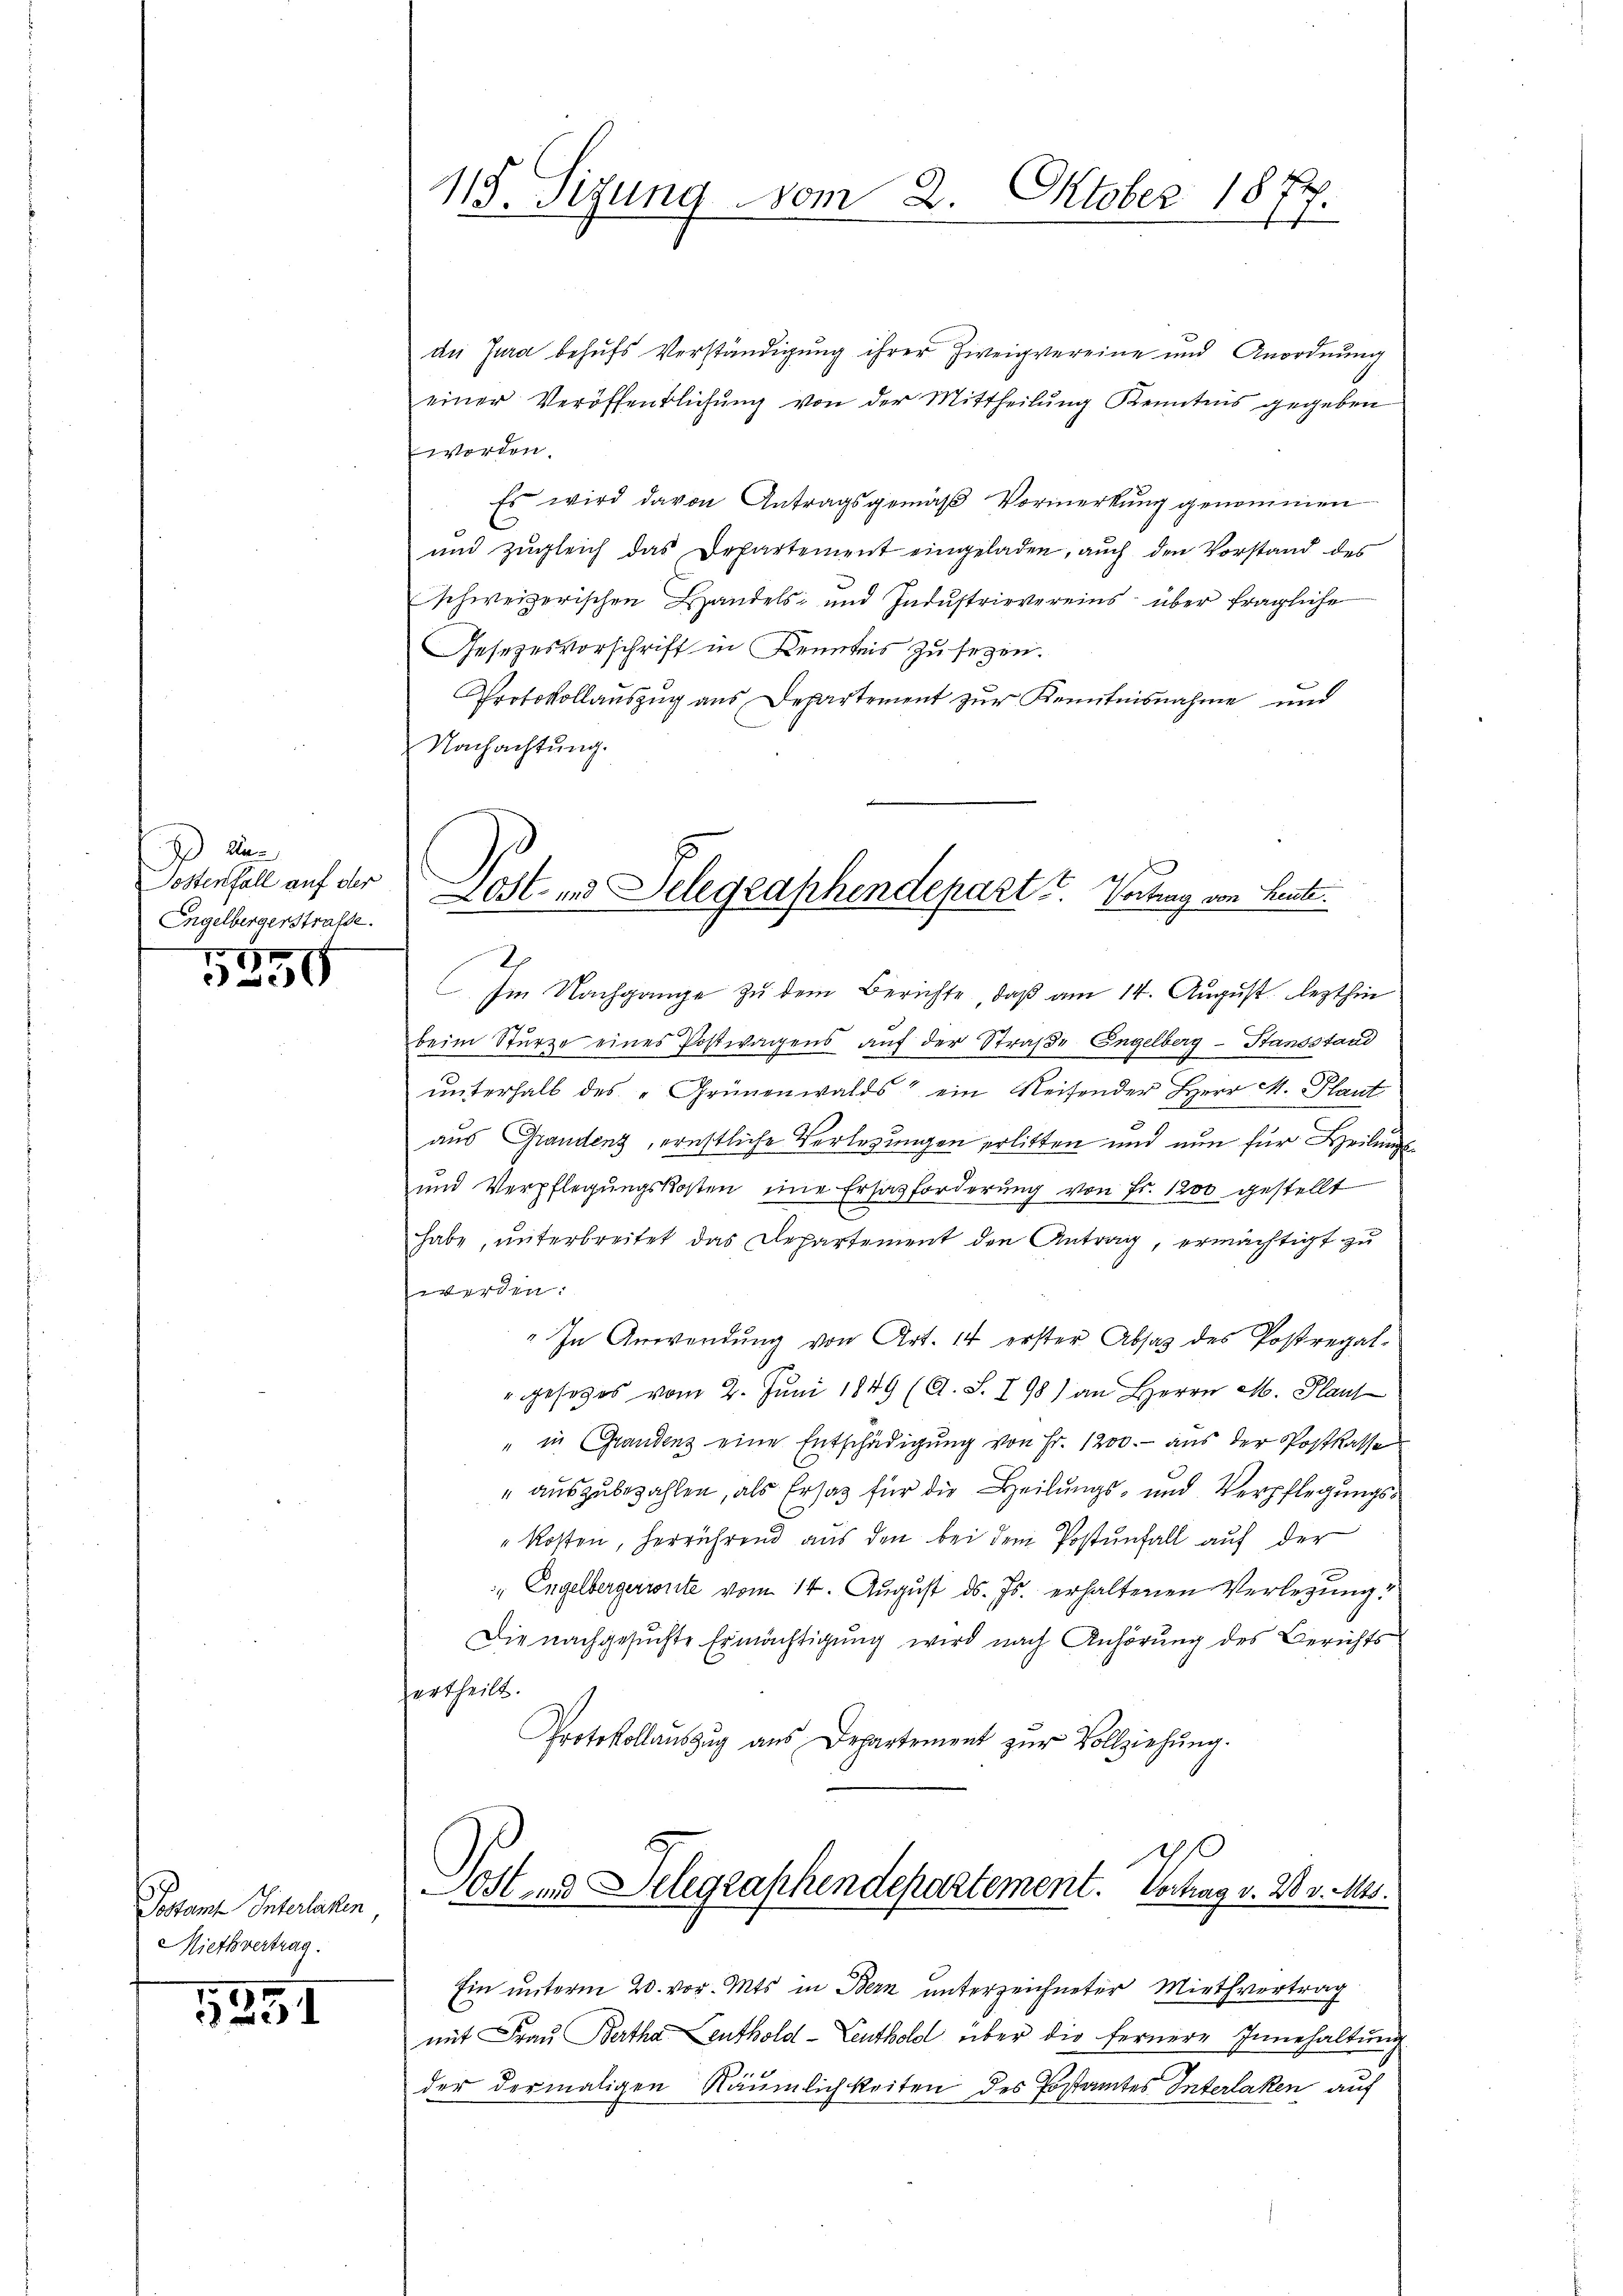
Aar
Postenfall auf der
Engelbergerstrafe.

x
30

Postant Interlaken
Miethvertrag.

5351

115. Sigung vom 2. Oktober 1874
s

de Jura behufs Verständigung ihrer Zweigvereine und Anordnung
einer Veröffentlichŭng von der Mittheilung Kenntnis gegeben
worden.
Es wird davon Antragsgemäß Vormerkung genommen
und zŭgleich das Departement eingeladen, aŭch den Vorstand des
schweizerischen Handels- und Indŭstrievereins über fragliche
Gesezesvorschrift in Kenntnis zu sezen.
Protokollauszug aus Departement zur Kenntnisnahme und
Nachachtŭng.
2
Im Nachgange zu dem Berichte, daß am 14. August lezthin
beim Sturze eines Postwagens auf der Straße Engelberg-Standstand
ŭnterhalb des "Grünenwalds ein Reisender Herr M. Plant
2
aus Grandenz, ernstliche Verlegungen erlitten und nun für Heilungs¬
und Verpflegŭngskosten eine Ersatzforderŭng von Fr. 1200 gestellt
habe, unterbreitet das Departement den Antrag, ermächtigt zu
werden.
" In Anwendŭng von Art. 14 erster Absatz des Postregal-
" gesetzes vom 2. Juni 1849 (C. S. I 98) an Herrn M. Plant
" in Grandenz eine Entschädigung von Fr. 1200.- aus der Postkasse
" auszubezahlen, als Ersatz für die Heilungs- und Verpflegungs¬
Kosten, herrührend aus den bei dem Postenfall auf der
" Engelbergerinte vom 14. August ds. Js. erhaltenen Verlegung
Die nachgesŭchte Ermächtigung wird nach Anhörung des Berichts-
ertheilt.
Protokollaŭszŭg aŭs Departement zŭr Vollziehung.

Lost- und Telegraphendepart u. Vortrag von Leute.

4
Lost- und Selegraphendepartement. Vortrag v. 28 v. Mts.

Ein unterm 20. vor. Mts. in Bern unterzeichneter Miethvertrag
mit Frau Bertha Leuthold-Leuthold über die fernere Innehaltung
der dermaligen Räumlichkeiten des Postamtes Interlaken auf